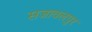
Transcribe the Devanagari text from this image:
सजावलपुर